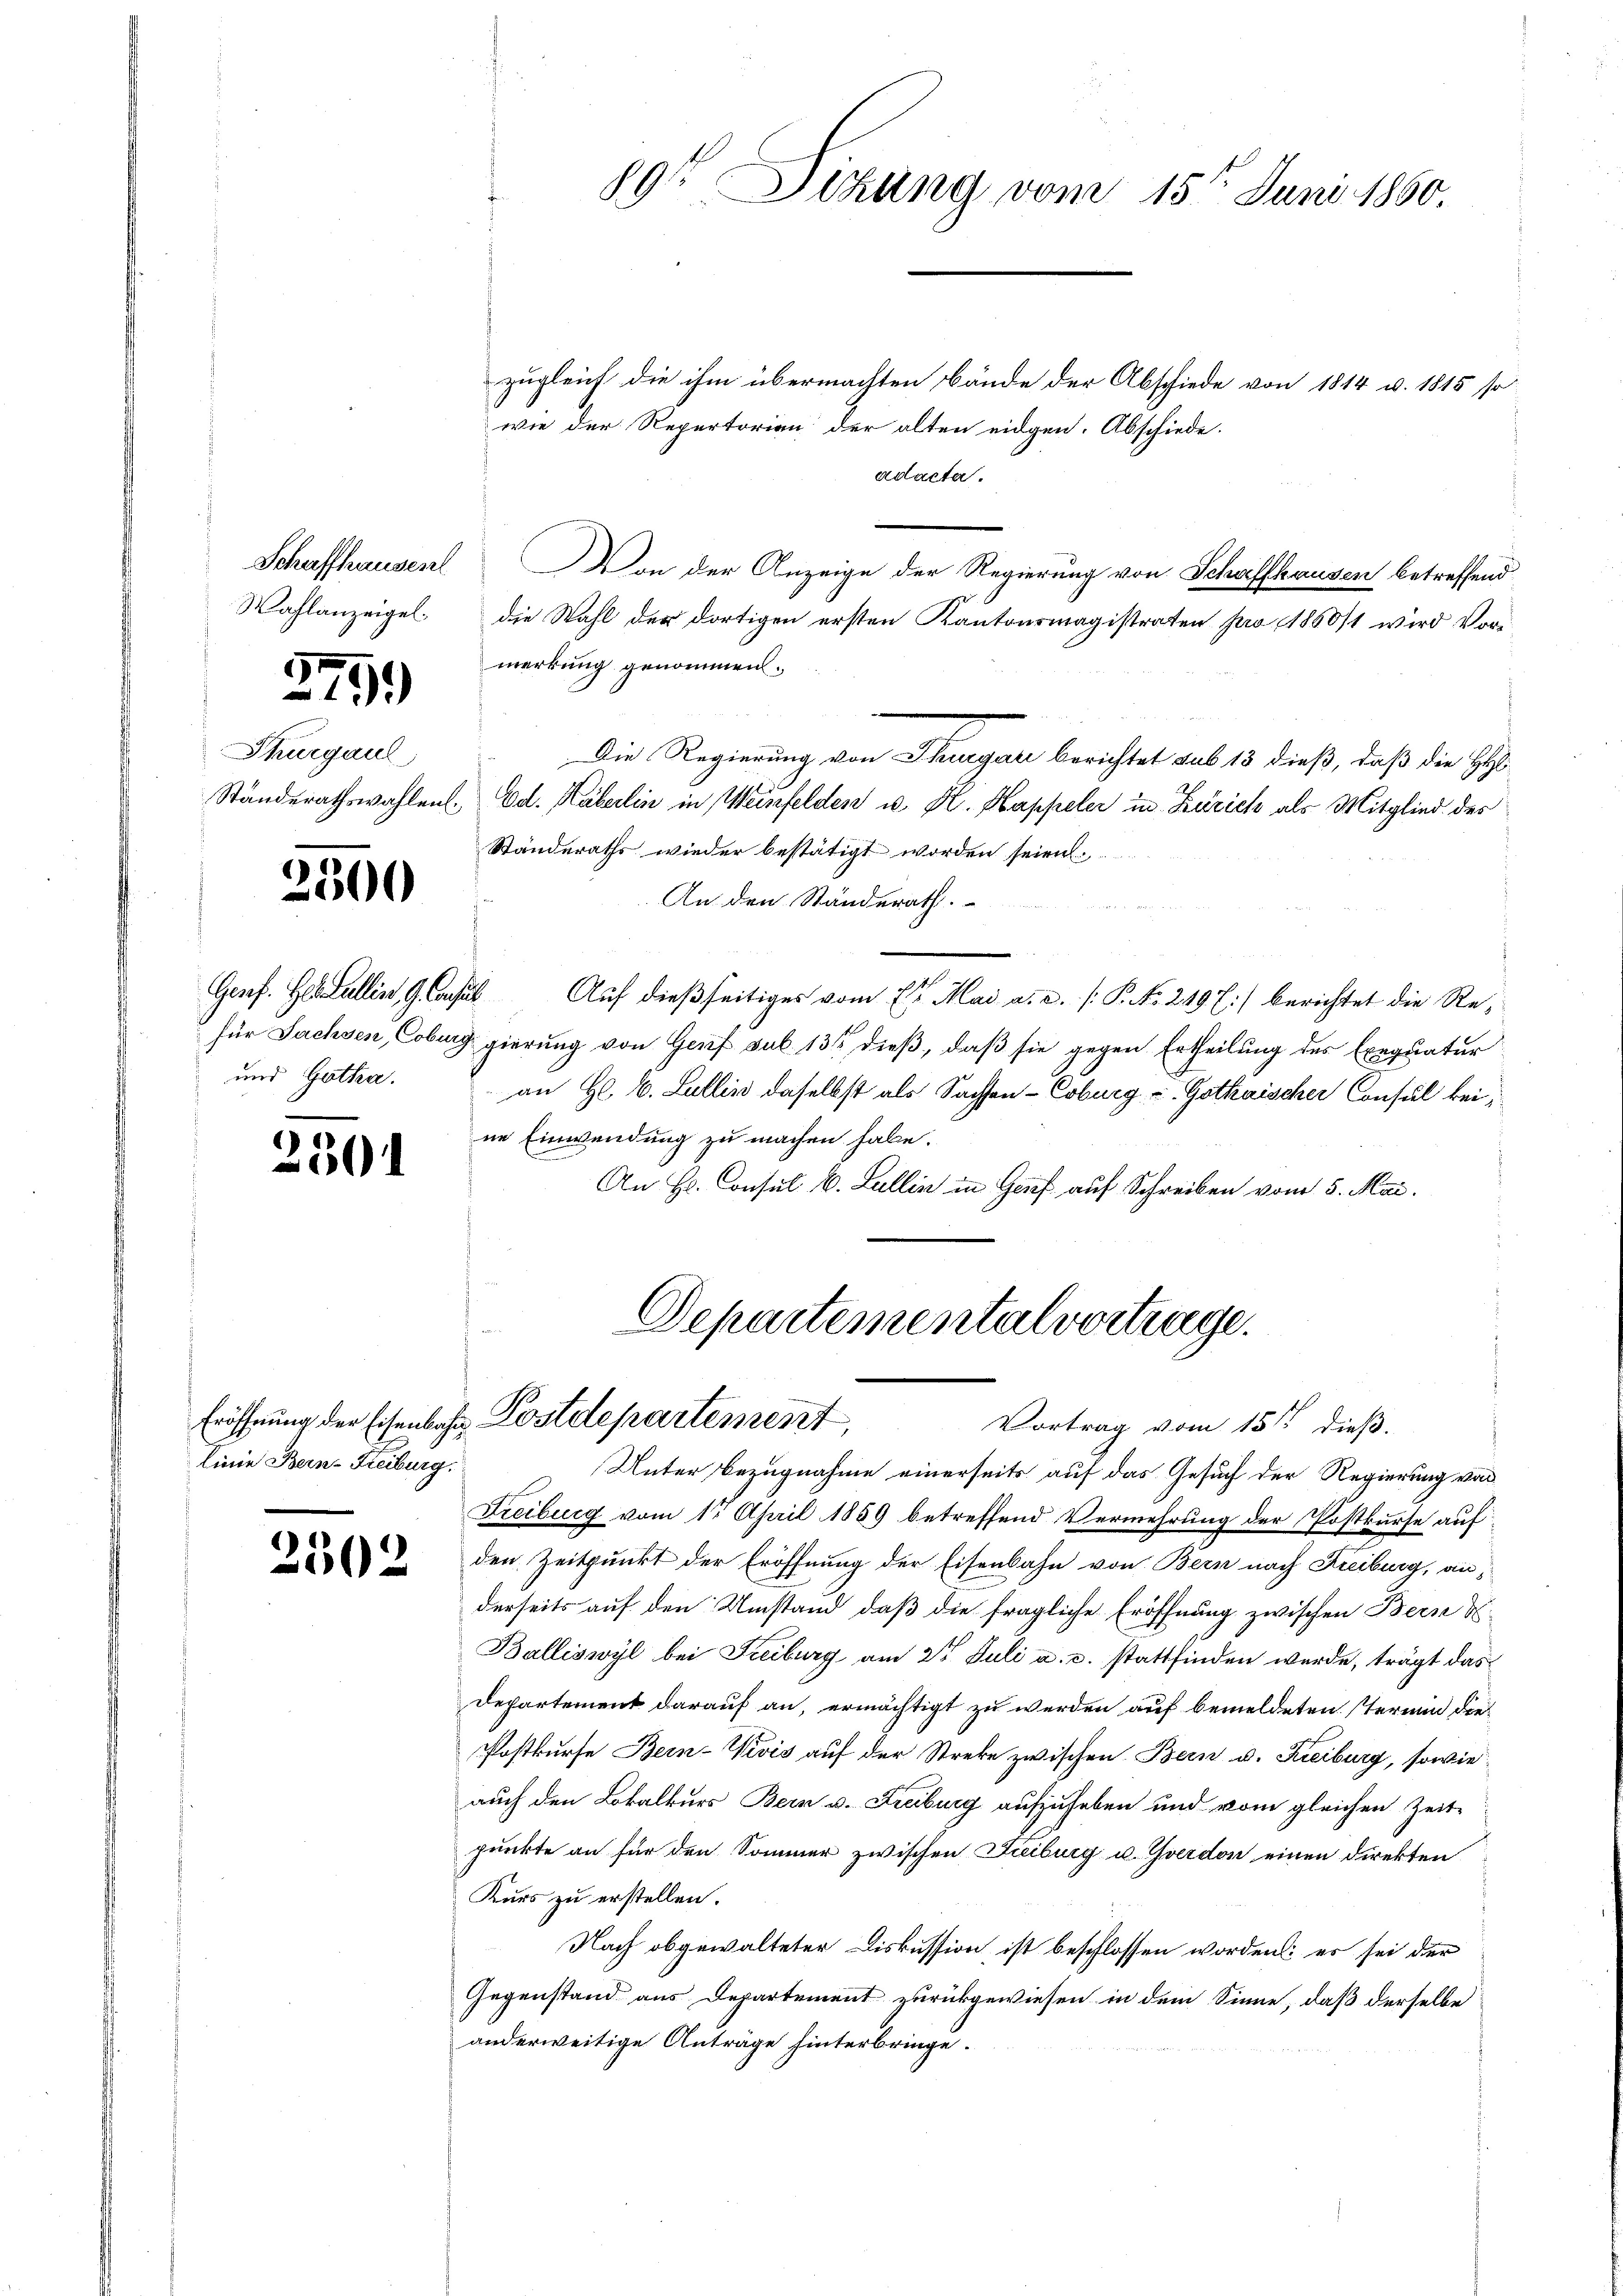
Wahlanzeigel.

2799

Thurgaul

2300

und Gotha.

2301

linie Bern-Freiburg,

2502

89t Sitzung vom 15ten Juni 1860.

zugleich die ihm übermachten Bände der Abschiede von 1814 u. 1815 so
wie der Repertorien der alten eidgen. Abschiede
adacter.
Schaffhausent. Von der Anzeige der Regierung von Schaffhausen betreffend
die Wahl der dortigen ersten Kantonsmagistraten pro 1860/1 wird Vormerkung genommen.
Die Regierung von Thurgau berichtet sub 13 dieß, daß die HH
Ständerathswahlen. Ed. Käberlin in Weinfelden u. K. Kappeler in Zürich als Mitglied des
Standeraths wieder bestätigt worden seien
An den Standerath.
Genf. Gallis, GCasus Auf dießseitiges vom 2t. Mai a. a. P. Nr. 249) berichtet die Refür Sachsen Coburg gierung von Genf sub. 13 dieß, daß sie gegen Ertheilung des Exequatur
an H. E. Lullin daselbst als Sachen - Coburg u. Gothaischer Consul bei:
ne Einwendung zu machen habe.
An Hr. Consul E. Lullin in Genf auf Schreiben vom 5. Mai.

Departemental vortrage.
Eröffnung der Eisenbahr Postdepartement,
Vortrag vom 15ten dieß.

Unter Bezugnahme einerseits auf das Gesuch der Regierung von
Freiburg vom 1t April 1859 betreffend Vermehrung der Postkurse auf
den Zeitpunkt der Eröffnung der Eisenbahn von Bern nach Kieiburg, anderseits auf den Umstand, daß die fragliche Eröffnung zwischen Bern d
Balliswyl bei Freiburg am 2t Juli a. c. stattfinden werde, trägt das
Departement darauf an, ermächtigt zu werden auf bemeldeten Termin die¬
Postkurse Bein-Vivis auf der Streke zwischen Bern u. Kreiburg, sowie
auch den Lokalkurs Bern v. Freiburg aufzuheben und vom gleichen Zeit-
punkte an für den Sommer zwischen Freiburg u. Yverdon einen direkten
Kurs zu erstellen.
Nach abgewalteter Diskussion, ist beschlossen worden; es sei der
Gegenstand aus Departement zurückgewiesen in dem Sinne, daß derselbe
anderweitige Anträge hinterbringe.